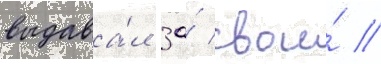
выдава́л за́ свои́ //